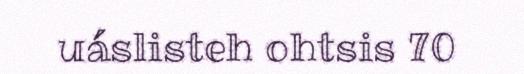
uáslisteh ohtsis 70